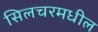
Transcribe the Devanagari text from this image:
सिलचरमधील